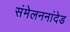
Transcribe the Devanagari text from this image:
संमेलननांदेड